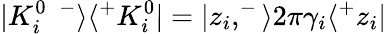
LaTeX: |K_{i}^{0\enspace-}\rangle\langle^{+}K_{i}^{0}|=|z_{i},^{-}\rangle 2\pi\gamma_{i}\langle^{+}z_{i}|